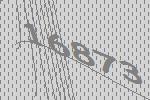
16873